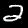
Label: 2